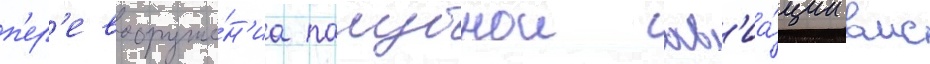
п'ер'евооруже́н'иа палубнои ав'иа́ции вмс